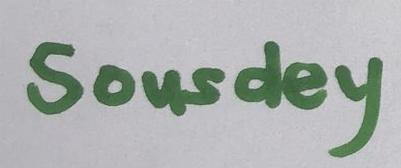
Sousdey